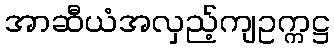
အာဆီယံအလှည့်ကျဥက္ကဋ္ဌ